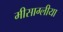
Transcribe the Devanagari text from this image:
मीसाग्लीया